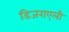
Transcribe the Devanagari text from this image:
डिजराएली